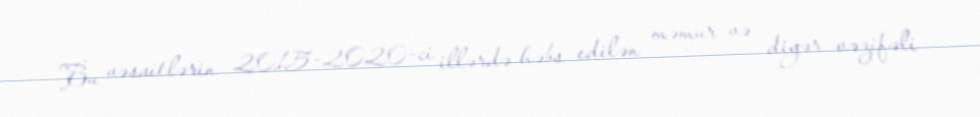
Bu vəsaitlərin 2015-2020-ci illərdə həbs edilən məmur və digər vəzifəli